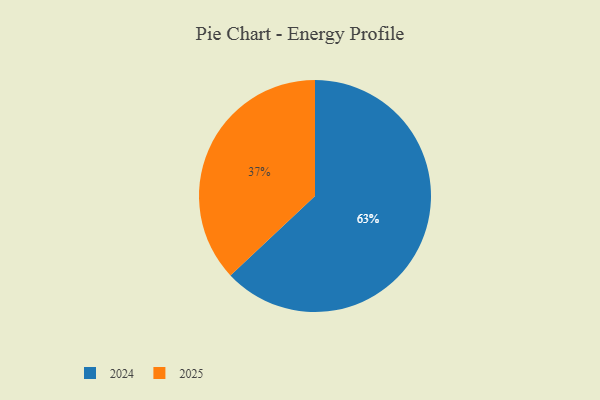
{"axis": {"x": "Category", "y": "Percentage"}, "legend": ["2024", "2025"], "data": [{"x": "2025", "y": 37, "type": "2025"}, {"x": "2024", "y": 63, "type": "2024"}]}